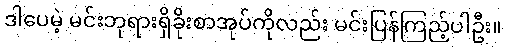
ဒါပေမဲ့ မင်းဘုရားရှိခိုးစာအုပ်ကိုလည်း မင်းပြန်ကြည့်ပါဦး။